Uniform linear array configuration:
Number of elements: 32
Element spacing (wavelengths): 0.5
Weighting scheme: uniform
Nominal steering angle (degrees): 30
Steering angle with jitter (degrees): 29.454
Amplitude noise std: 0.05
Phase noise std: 0.05

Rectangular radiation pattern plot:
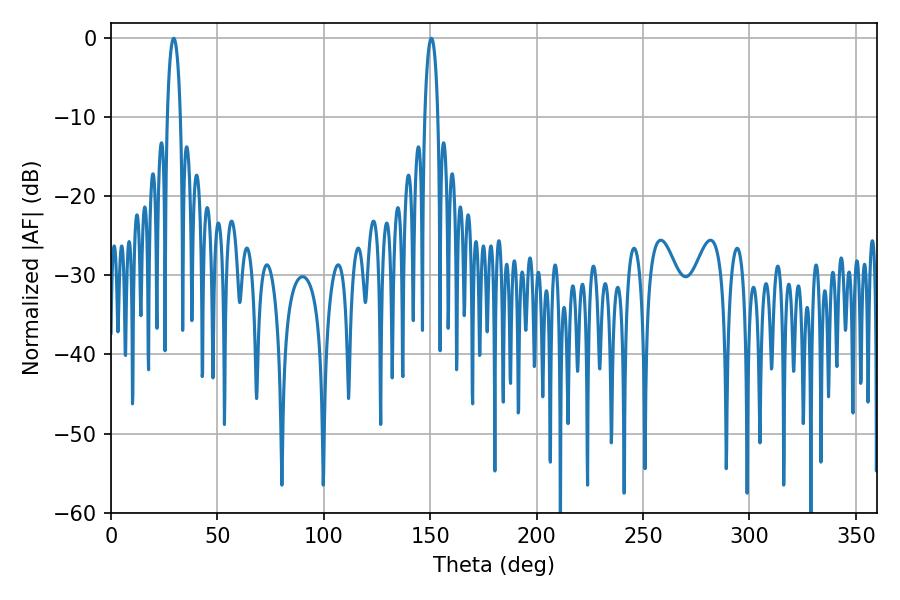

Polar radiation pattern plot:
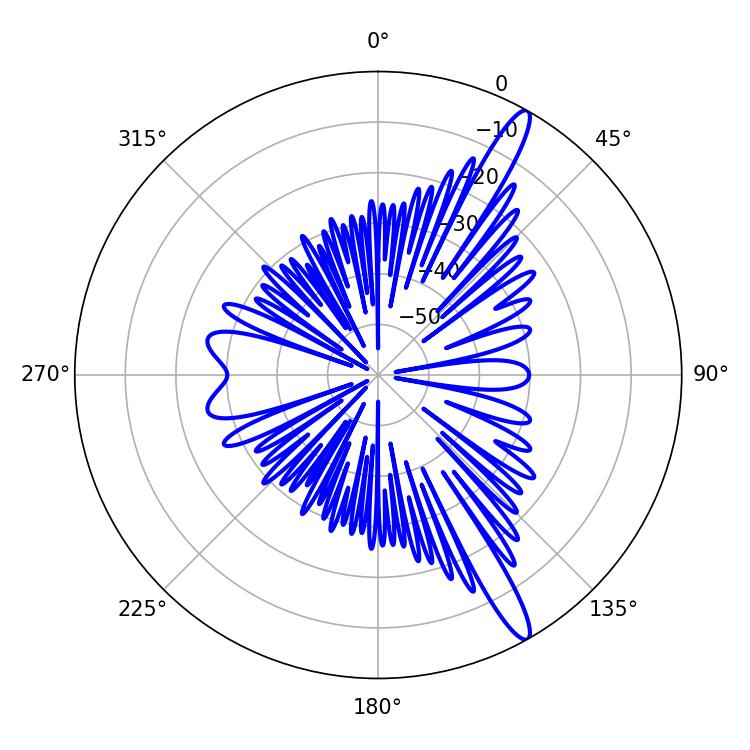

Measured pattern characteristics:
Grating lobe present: FALSE
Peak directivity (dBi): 14.608
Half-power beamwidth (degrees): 3.42
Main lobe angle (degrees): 29.52